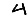
Digit: 4